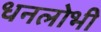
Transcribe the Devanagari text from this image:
धनलोभी